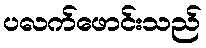
ပလက်ဖောင်းသည်